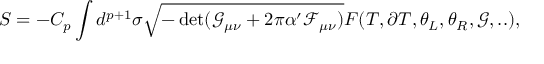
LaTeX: S = - C _ { p } \int d ^ { p + 1 } \sigma \sqrt { - \operatorname * { d e t } ( \mathcal { G } _ { \mu \nu } + 2 \pi \alpha ^ { \prime } \mathcal { F } _ { \mu \nu } ) } F ( T , \partial T , \theta _ { L } , \theta _ { R } , \mathcal { G } , . . ) ,